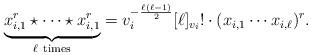
LaTeX: \begin{align*} \underbrace{x_{i,1}^{r}\star\cdots\star x_{i,1}^{r}}_{\ell\rm\ times}= v_{i}^{-\frac{\ell(\ell-1)}{2}}[\ell]_{v_{i}}!\cdot (x_{i,1}\cdots x_{i,\ell})^{r}.\end{align*}